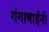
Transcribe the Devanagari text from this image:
गंगाबाईंनी